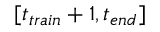
[ t _ { t r a i n } + 1 , { t _ { e n d } } ]